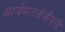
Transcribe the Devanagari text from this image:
आर्यमतसंजीवनी